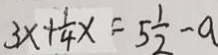
3 x + \frac { 1 } { 4 } x = 5 \frac { 1 } { 2 } - a